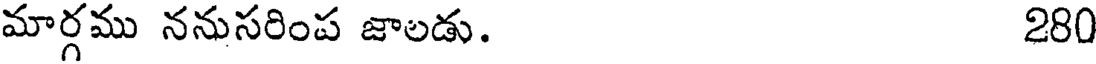
మార్గము ననుసరింప జాలడు. 280